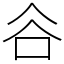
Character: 𧮫